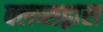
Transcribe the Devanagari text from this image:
क्लब्सद्वारा